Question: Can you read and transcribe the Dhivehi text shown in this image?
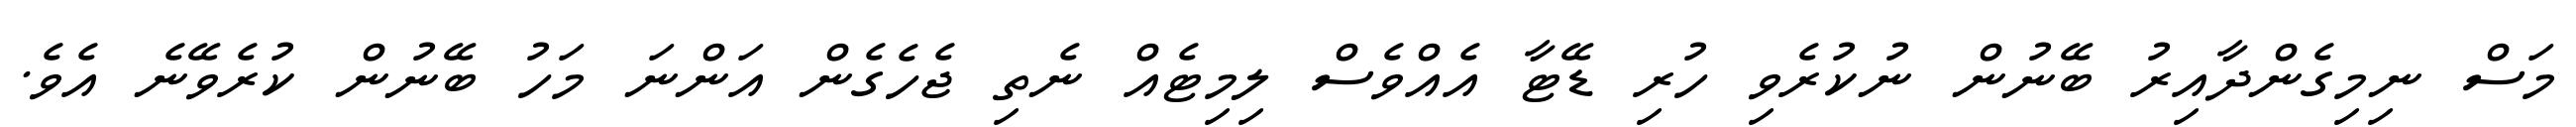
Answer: މަސް ނިމިގެންދާއިރު ބޭނުން ނުކުރެވި ހުރި ޑޭޓާ އެއްވެސް ލިމިޓެއް ނެތި ޖެހެގެން އަންނަ މަހު ބޭނުން ކުރެވޭނެ އެވެ.